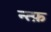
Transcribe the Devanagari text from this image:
न्त्फ़